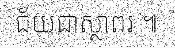
ជ័យជាស្ថាពរ ៕